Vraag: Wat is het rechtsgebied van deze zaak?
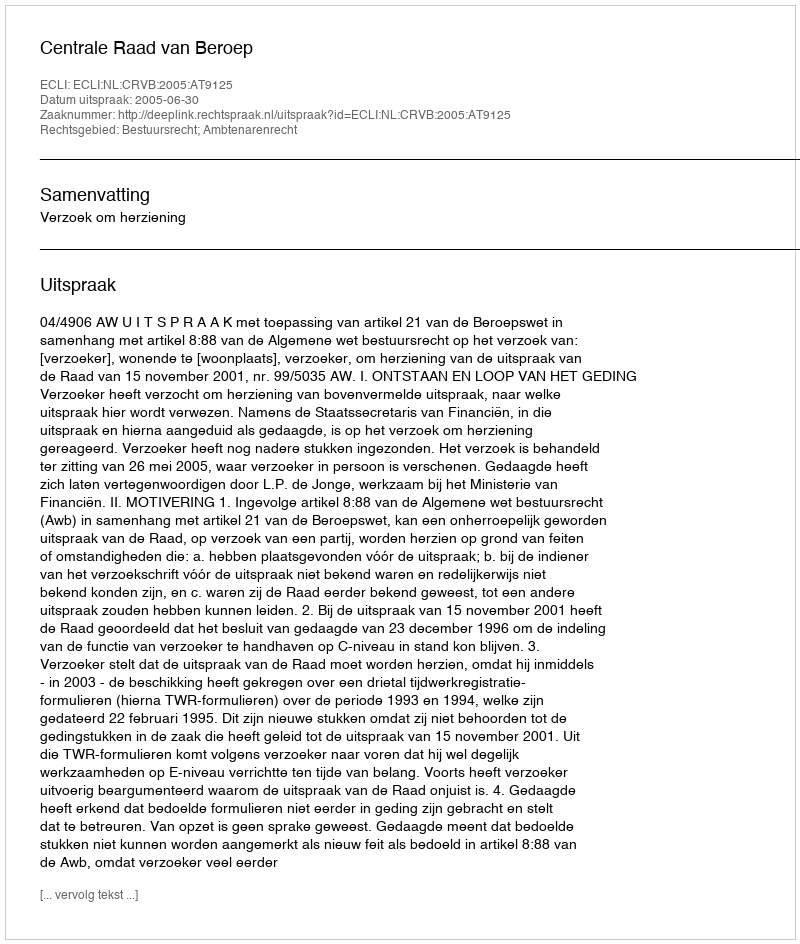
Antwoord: Bestuursrecht; Ambtenarenrecht